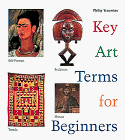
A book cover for Key Art Terms for Beginners; Philip Yenawine; Teen & Young Adult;